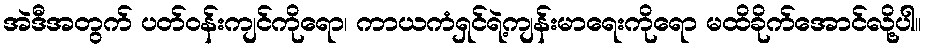
အဲဒီအတွက် ပတ်၀န်းကျင်ကိုရော၊ ကာယကံရှင်ရဲ့ကျန်းမာရေးကိုရော မထိခိုက်အောင်လို့ပါ။